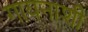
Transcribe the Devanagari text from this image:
गायनाशी